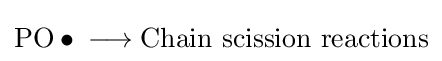
{\mathrm {PO} \bullet {}\mathrel {\longrightarrow } {}\mathrm {Chain} \ \mathrm {scission} \ \mathrm {reactions} }